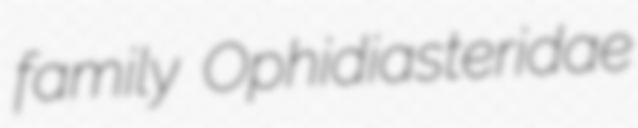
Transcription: family Ophidiasteridae